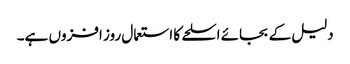
دلیل کے بجائے اسلحے کا استعمال روز افزوں ہے۔